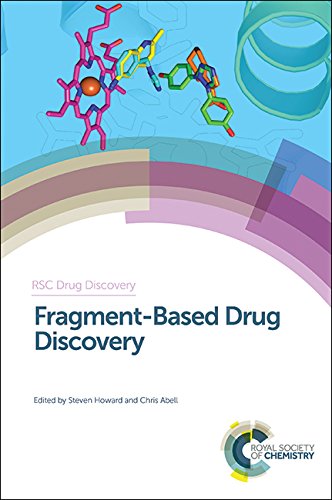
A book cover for Fragment-Based Drug Discovery (RSC Drug Discovery); Science & Math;